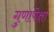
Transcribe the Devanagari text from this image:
गुणांपेक्षा